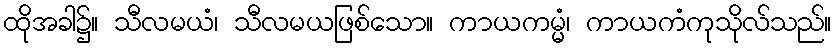
ထိုအခါ၌။ သီလမယံ၊ သီလမယဖြစ်သော။ ကာယကမ္မံ၊ ကာယကံကုသိုလ်သည်။